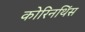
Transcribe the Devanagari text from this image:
कोरिनथिंस